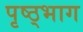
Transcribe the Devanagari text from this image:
पृष्ठ्भाग